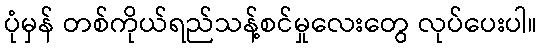
ပုံမှန် တစ်ကိုယ်ရည်သန့်စင်မှုလေးတွေ လုပ်ပေးပါ။